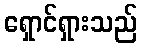
ရှောင်ရှားသည်